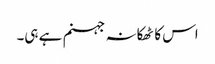
اس کا ٹھکانہ جہنم ہے ہی۔